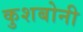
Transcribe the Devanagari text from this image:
कुशबोनी